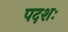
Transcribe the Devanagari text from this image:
पदशः